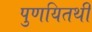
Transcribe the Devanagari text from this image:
पुणयितथी